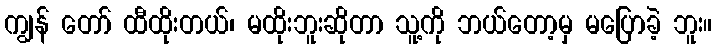
ကျွန် တော် ထီထိုးတယ်၊ မထိုးဘူးဆိုတာ သူ့ကို ဘယ်တော့မှ မပြောခဲ့ ဘူး။